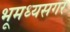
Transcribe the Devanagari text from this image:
भूमध्यसगर